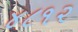
૪૮૧૨